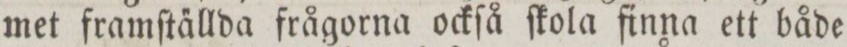
met framſta̋llda frågorna ockſå ſkola finna ett både